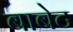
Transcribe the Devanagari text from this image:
बाबेट